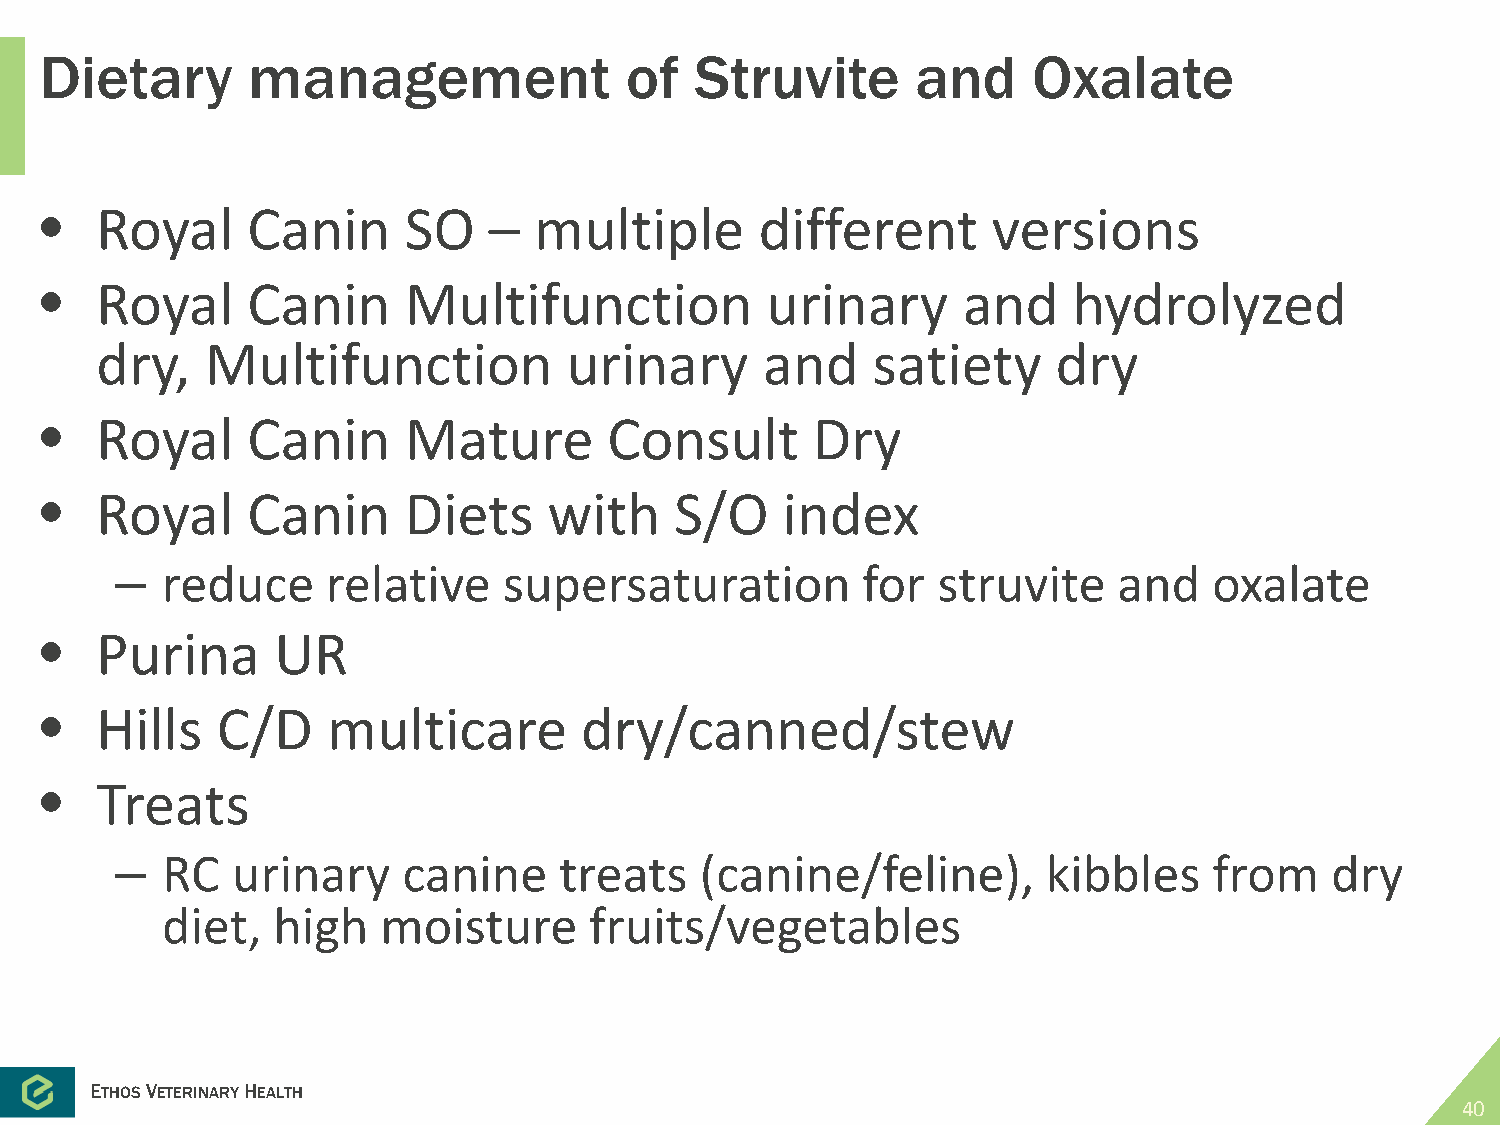
Dietary      management               of   Struvite       and    Oxalate
 •  Royal     Canin      SO   –  multiple       different       versions
 •  Royal     Canin      Multifunction           urinary      and    hydrolyzed
 dry,    Multifunction           urinary      and    satiety     dry
 •  Royal     Canin      Mature       Consult       Dry
 •  Royal     Canin      Diets    with     S/O    index
 –  reduce     relative   supersaturation         for  struvite    and   oxalate
 •  Purina      UR
 •  Hills   C/D     multicare       dry/canned/stew
 •  Treats
 –  RC  urinary     canine    treats   (canine/feline),       kibbles    from    dry
 diet,  high   moisture      fruits/vegetables
 ETHOSVETERINARYHEALTH
 40